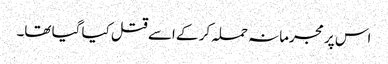
اس پر مجرمانہ حملہ کر کے اسے قتل کیا گیا تھا۔